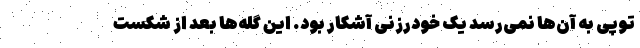
توپی به آن‌ها نمی‌رسد یک خودرزنی آشکار بود. این گله‌ها بعد از شکست